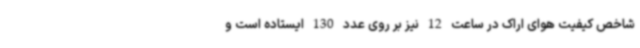
شاخص کیفیت هوای اراک در ساعت 12 نیز بر روی عدد 130 ایستاده است و